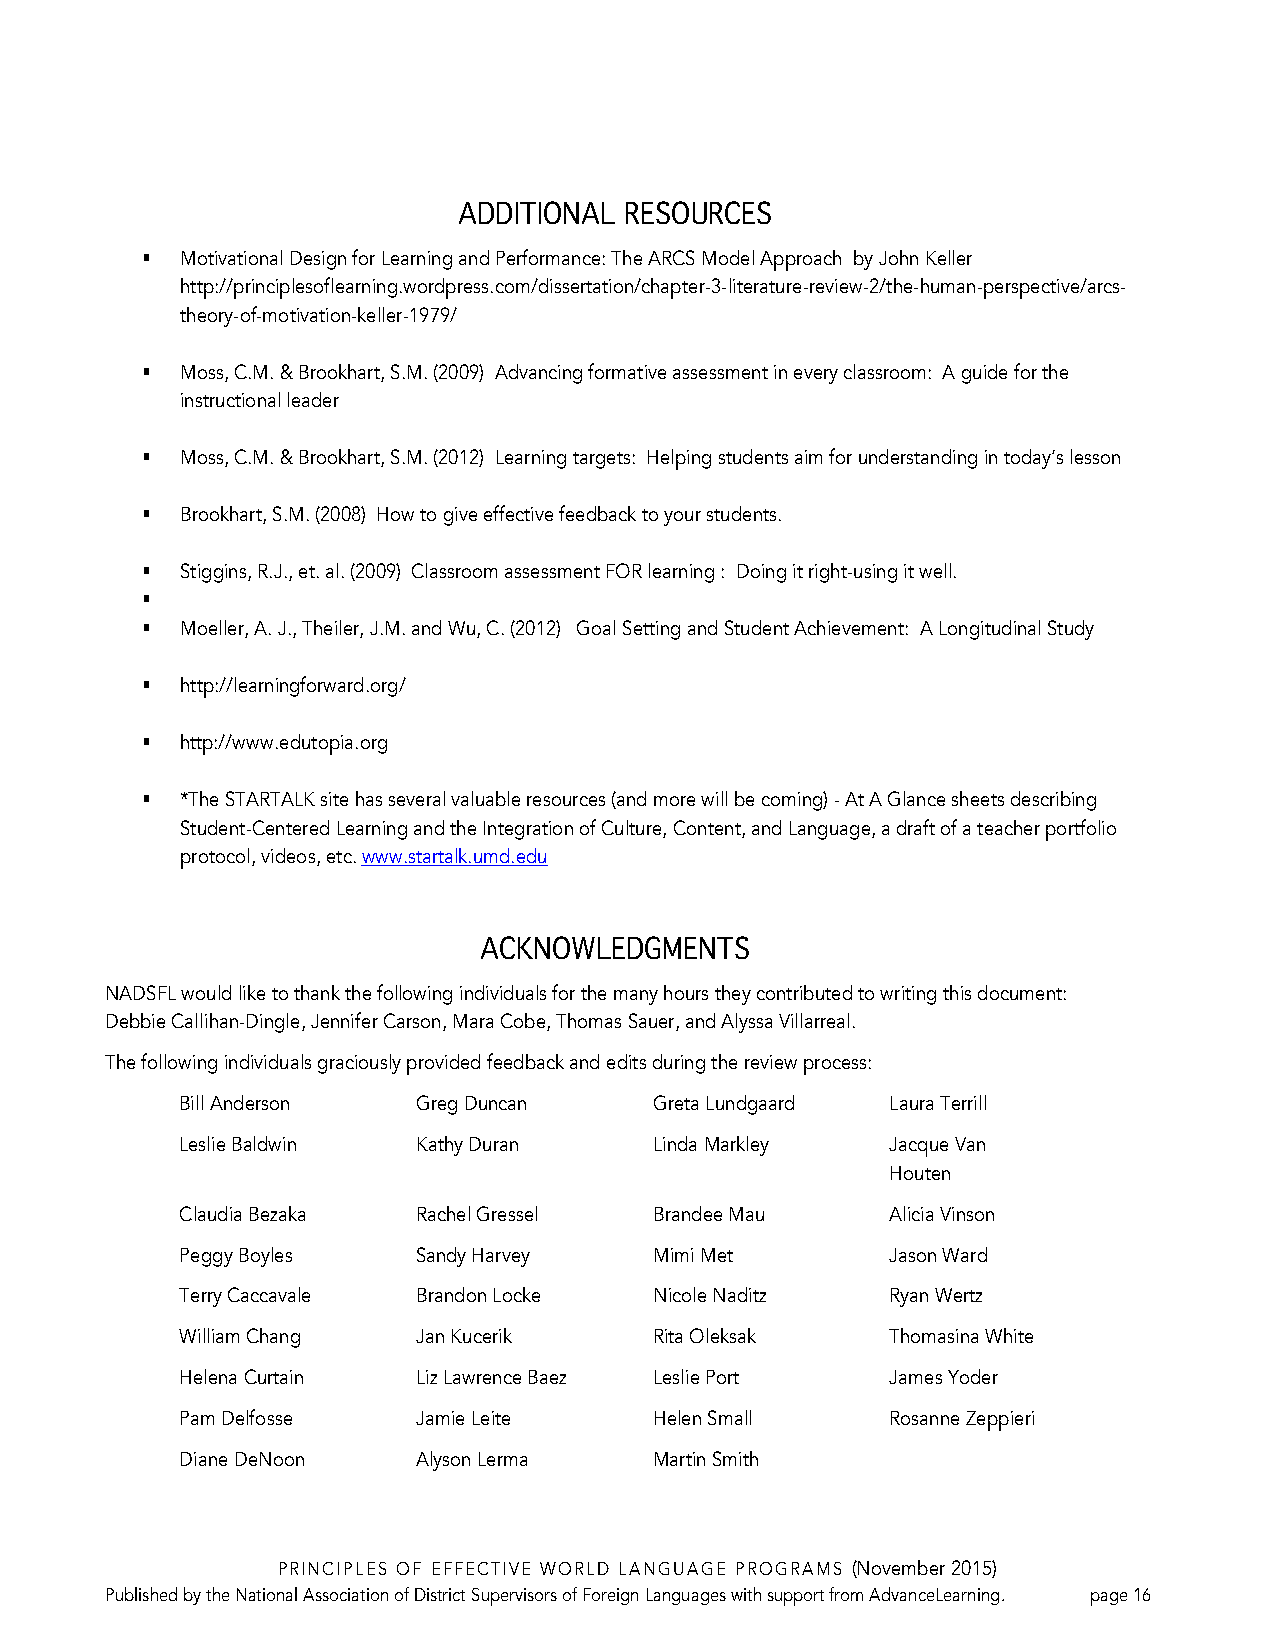
ADDITIONAL RESOURCES
 §  Motivational Design for Learning and Performance: The ARCS Model Approach by John Keller
 http://principlesoflearning.wordpress.com/dissertation/chapter-3-literature-review-2/the-human-perspective/arcs-
 theory-of-motivation-keller-1979/
 §  Moss, C.M. & Brookhart, S.M. (2009) Advancing formative assessment in every classroom: A guide for the
 instructional leader
 §  Moss, C.M. & Brookhart, S.M. (2012) Learning targets: Helping students aim for understanding in today’s lesson
 §  Brookhart, S.M. (2008) How to give effective feedback to your students.
 §  Stiggins, R.J., et. al. (2009) Classroom assessment FOR learning : Doing it right-using it well.
 §
 §  Moeller, A. J., Theiler, J.M. and Wu, C. (2012) Goal Setting and Student Achievement: A Longitudinal Study
 §  http://learningforward.org/
 §  http://www.edutopia.org
 §  *The STARTALK site has several valuable resources (and more will be coming) - At A Glance sheets describing
 Student-Centered Learning and the Integration of Culture, Content, and Language, a draft of a teacher portfolio
 protocol, videos, etc. www.startalk.umd.edu
 ACKNOWLEDGMENTS
 NADSFL would like to thank the following individuals for the many hours they contributed to writing this document:
 Debbie Callihan-Dingle, Jennifer Carson, Mara Cobe, Thomas Sauer, and Alyssa Villarreal.
 The following individuals graciously provided feedback and edits during the review process:
 Bill Anderson   Greg Duncan    Greta Lundgaard Laura Terrill
 Leslie Baldwin  Kathy Duran    Linda Markley   Jacque Van
 Houten
 Claudia Bezaka  Rachel Gressel Brandee Mau     Alicia Vinson
 Peggy Boyles    Sandy Harvey   Mimi Met        Jason Ward
 Terry Caccavale Brandon Locke  Nicole Naditz   Ryan Wertz
 William Chang   Jan Kucerik    Rita Oleksak    Thomasina White
 Helena Curtain  Liz Lawrence Baez Leslie Port  James Yoder
 Pam Delfosse    Jamie Leite    Helen Small     Rosanne Zeppieri
 Diane DeNoon    Alyson Lerma   Martin Smith
 PRINCIPLES OF EFFECTIVE WORLD LANGUAGE PROGRAMS (November 2015)
 Published by the National Association of District Supervisors of Foreign Languages with support from AdvanceLearning. page 16